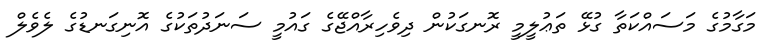
މަގާމުގެ މަސައްކަތާ ގުޅޭ ތަޢުލީމީ ރޮނގަކުން ދިވެހިރާއްޖޭގެ ގައުމީ ސަނަދުތަކުގެ އޮނިގަނޑުގެ ލެވެލް